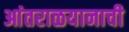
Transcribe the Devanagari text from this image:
आंतराळयानाची